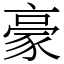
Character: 豪